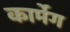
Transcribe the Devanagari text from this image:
कार्मेग